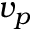
v _ { p }